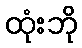
ထုံးဘို